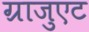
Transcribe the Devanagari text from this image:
ग्राजुएट